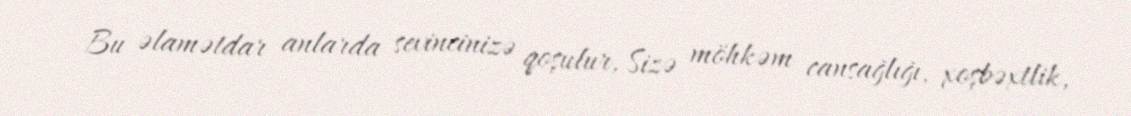
Bu əlamətdar anlarda sevincinizə qoşulur, Sizə möhkəm cansağlığı, xoşbəxtlik,